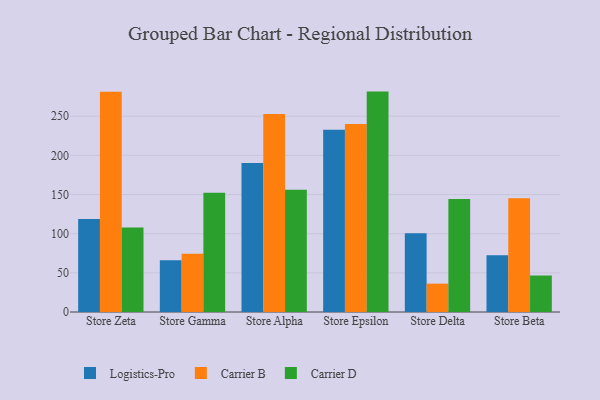
{"axis": {"x": "Store", "y": "Temperature (°C)"}, "legend": ["Carrier B", "Carrier D", "Logistics-Pro"], "data": [{"x": "Store Zeta", "y": 118.7, "type": "Logistics-Pro"}, {"x": "Store Zeta", "y": 281.3, "type": "Carrier B"}, {"x": "Store Zeta", "y": 107.8, "type": "Carrier D"}, {"x": "Store Gamma", "y": 66.2, "type": "Logistics-Pro"}, {"x": "Store Gamma", "y": 74.5, "type": "Carrier B"}, {"x": "Store Gamma", "y": 152.4, "type": "Carrier D"}, {"x": "Store Alpha", "y": 190.3, "type": "Logistics-Pro"}, {"x": "Store Alpha", "y": 252.7, "type": "Carrier B"}, {"x": "Store Alpha", "y": 156.0, "type": "Carrier D"}, {"x": "Store Epsilon", "y": 232.8, "type": "Logistics-Pro"}, {"x": "Store Epsilon", "y": 239.9, "type": "Carrier B"}, {"x": "Store Epsilon", "y": 281.4, "type": "Carrier D"}, {"x": "Store Delta", "y": 100.4, "type": "Logistics-Pro"}, {"x": "Store Delta", "y": 36.2, "type": "Carrier B"}, {"x": "Store Delta", "y": 144.3, "type": "Carrier D"}, {"x": "Store Beta", "y": 72.5, "type": "Logistics-Pro"}, {"x": "Store Beta", "y": 145.3, "type": "Carrier B"}, {"x": "Store Beta", "y": 46.6, "type": "Carrier D"}]}